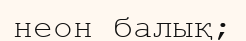
неон балық;